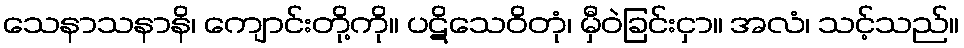
သေနာသနာနိ၊ ကျောင်းတို့ကို။ ပဋိသေဝိတုံ၊ မှီဝဲခြင်းငှာ။ အလံ၊ သင့်သည်။